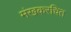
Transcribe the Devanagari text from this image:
मंखकरचित